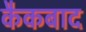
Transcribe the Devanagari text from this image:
कैकबाद